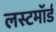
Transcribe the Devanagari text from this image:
लस्टमॉर्ड